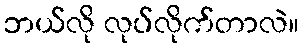
ဘယ်လို လုပ်လိုက်တာလဲ။